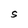
Character: s